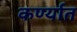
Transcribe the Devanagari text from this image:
कर्ण्यात